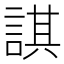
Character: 諆